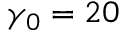
\gamma _ { 0 } = 2 0